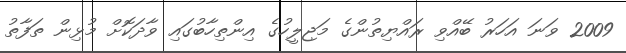
2009 ވަނަ އަހަރު ބޭއްވި ރައްޔިތުންގެ މަޖިލީހުގެ އިންތިހާބުގައި ވާދަކޮށް މުޅިން ތަފާތު